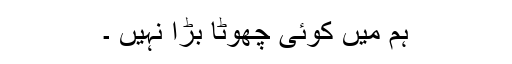
ہم میں کوئی چھوٹا بڑا نہیں ۔